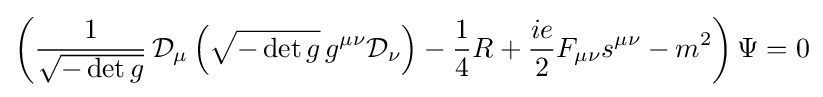
\left({\frac {1}{\sqrt {-\det g}}}\,{\cal {D}}_{\mu }\left({\sqrt {-\det g}}\,g^{\mu \nu }{\cal {D}}_{\nu }\right)-{\frac {1}{4}}R+{\frac {ie}{2}}F_{\mu \nu }s^{\mu \nu }-m^{2}\right)\Psi =0